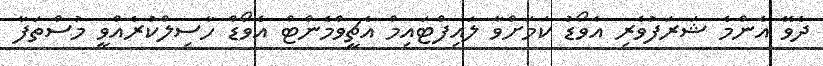
ދެވޭ އެންމެ ޝަރަފުވެރި އެވޯޑު ކަމަށްވާ ލައިފްޓައިމް އެޗީވްމެންޓް އެވޯޑް ހާސިލްކުރެއްވީ މުސްތަފާ